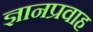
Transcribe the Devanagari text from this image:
ज्ञानप्रवाह